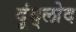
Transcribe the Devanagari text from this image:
दूंद्लोद